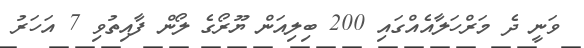
ވަނީ ދެ މަރްހަލާއެއްގައި 200 ބިލިއަން ޔޫރޯގެ ލޯން ފާއިތުވި 7 އަހަރު